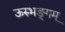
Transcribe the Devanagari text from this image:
ऊरुभङ्गम्